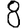
Digit: 8